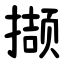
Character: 撷